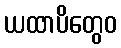
ယထာပိတွေဝ